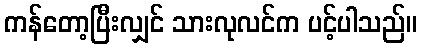
ကန်တော့ပြီးလျှင် သားလုလင်က ပင့်ပါသည်။